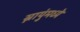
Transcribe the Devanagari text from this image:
स्नायुंमध्ये